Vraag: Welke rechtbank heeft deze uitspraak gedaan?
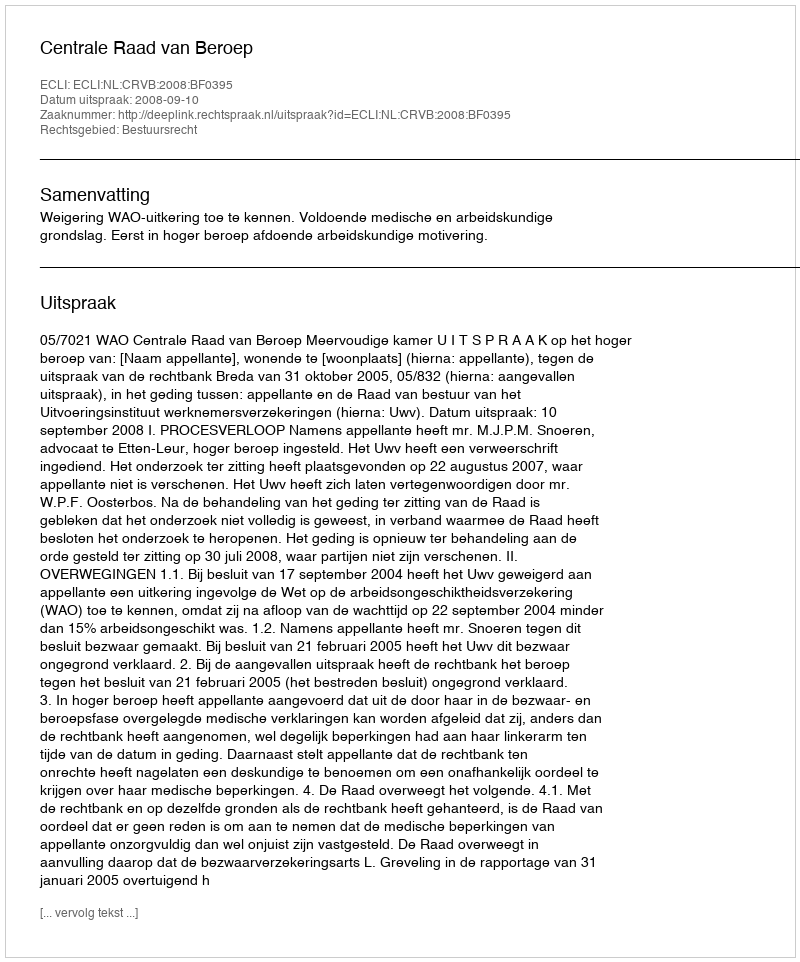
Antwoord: Centrale Raad van Beroep